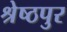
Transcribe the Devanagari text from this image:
श्रेष्ठपुर